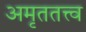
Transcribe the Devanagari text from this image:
अमृततत्त्व